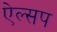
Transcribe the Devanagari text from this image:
ऐल्सप